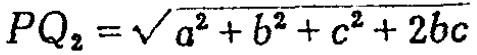
\[PQ_{2}=\sqrt{a^{2}+b^{2}+c^{2}+2bc}\]